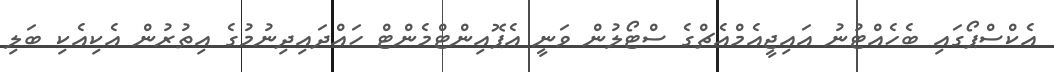
އެކްސްޕޯގައި ބެހެއްޓުނު އައިޖީއެމްއެޗްގެ ސްޓޯލުން ވަނީ އެޕޮއިންޓްމެންޓް ހައްދައިދިނުމުގެ އިތުރުން އެކިއެކި ބަލި